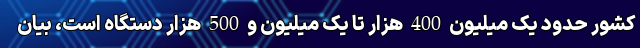
کشور حدود یک میلیون 400 هزار تا یک میلیون و 500 هزار دستگاه است، بیان